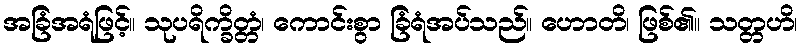
အခြံအရံဖြင့်။ သုပရိက္ခိတ္တံ၊ ကောင်းစွာ ခြံရံအပ်သည်။ ဟောတိ၊ ဖြစ်၏။ သတ္တဟိ၊